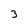
Character: 3